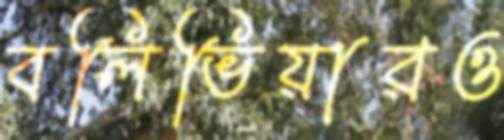
বলিভিয়ারও